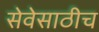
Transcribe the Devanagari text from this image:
सेवेसाठीच